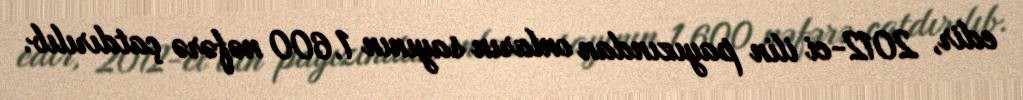
edir, 2012-ci ilin payızından onların sayının 1.600 nəfərə çatdırılıb.